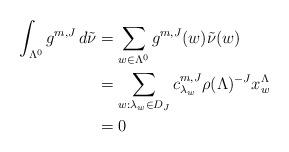
LaTeX: \begin{align*}\int_{\Lambda^0} g^{m,J} \, d\tilde{\nu} & = \sum_{w \in \Lambda^0} g^{m,J}(w) \tilde{\nu}(w) \\& = \sum_{w: \lambda_w \in D_{J}} c^{m,J}_{\lambda_w} \rho(\Lambda)^{-J} x^\Lambda_w\\&= 0\end{align*}